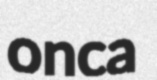
onca